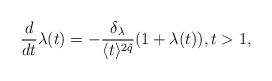
LaTeX: \begin{align*}\frac{d}{dt}\lambda(t)=-\frac{\delta_\lambda}{\langle t\rangle^{2\tilde{q}}}(1+\lambda(t)),t>1,\end{align*}